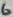
Text: 6